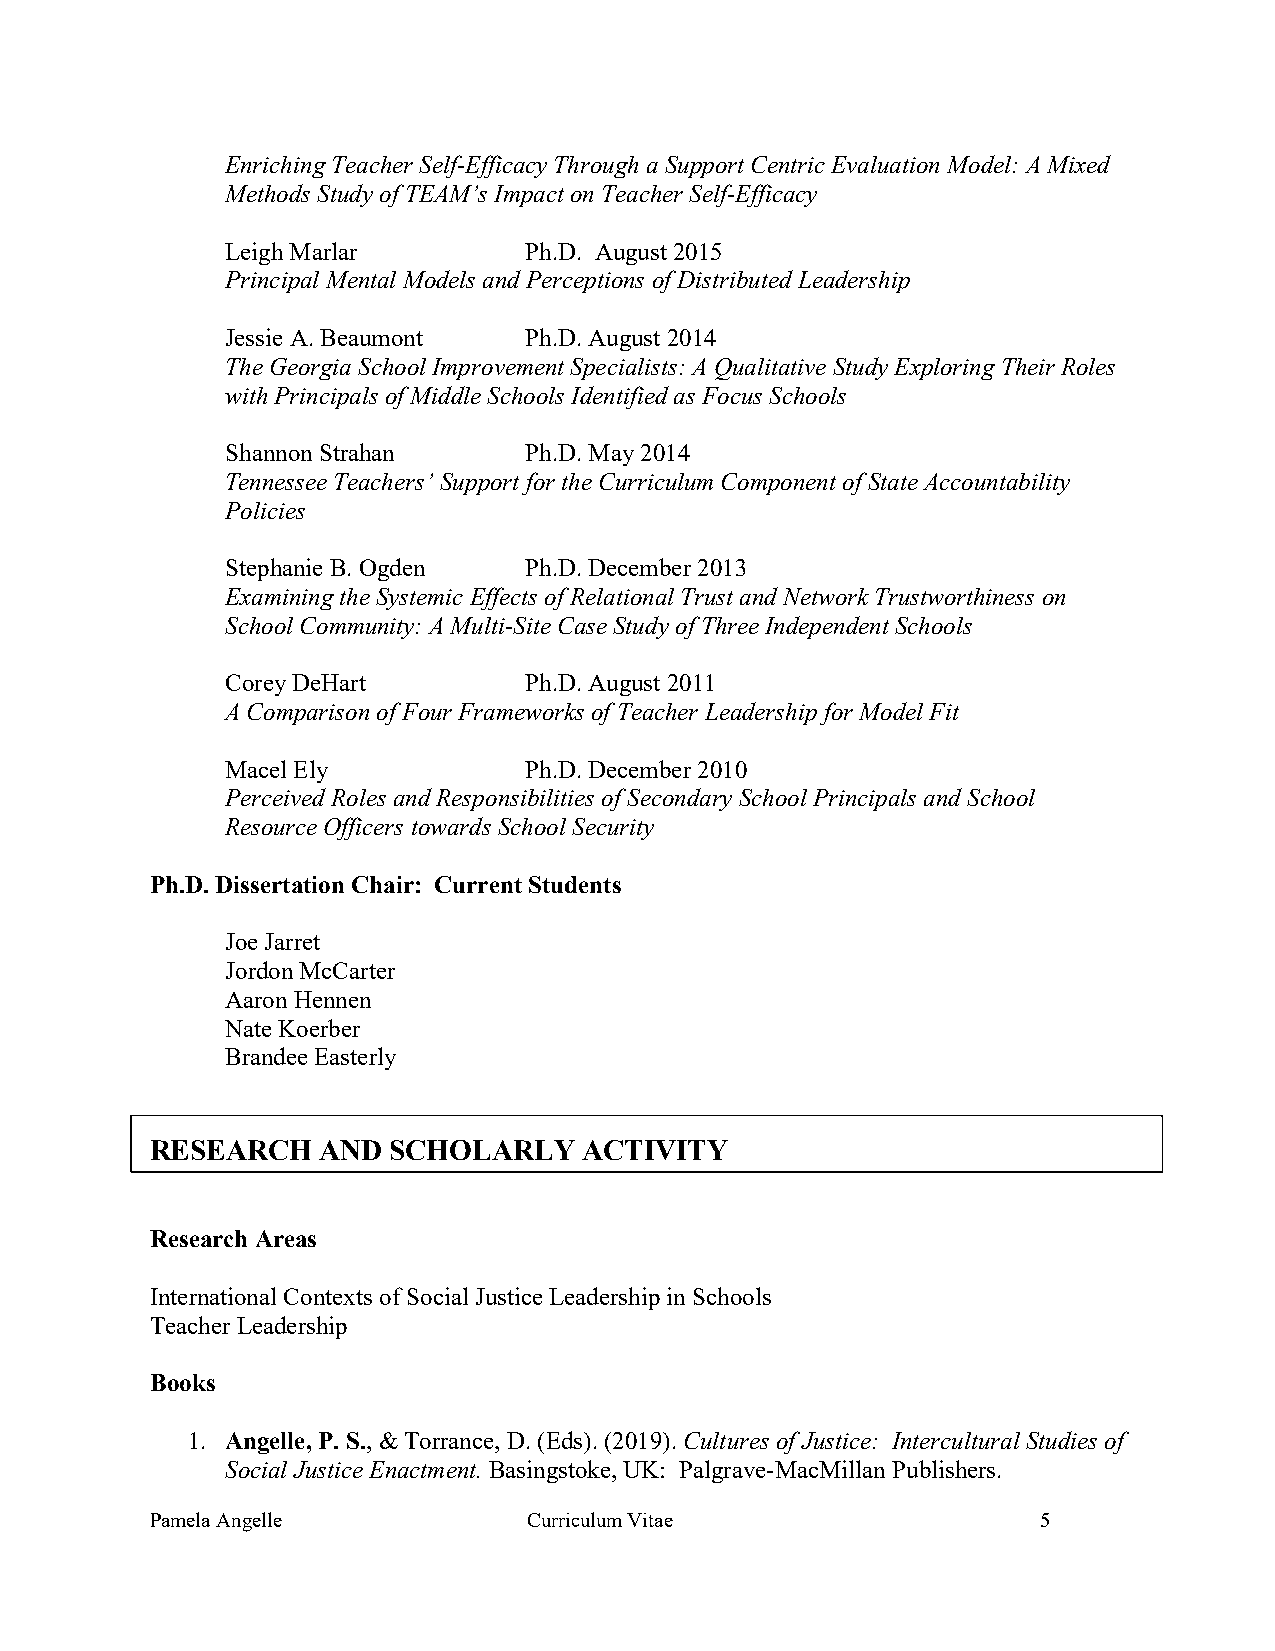
Enriching Teacher Self-Efficacy Through a Support Centric Evaluation Model: A Mixed
 Methods Study of TEAM’s Impact on Teacher Self-Efficacy
 Leigh Marlar        Ph.D. August 2015
 Principal Mental Models and Perceptions of Distributed Leadership
 Jessie A. Beaumont  Ph.D. August 2014
 The Georgia School Improvement Specialists: A Qualitative Study Exploring Their Roles
 with Principals of Middle Schools Identified as Focus Schools
 Shannon Strahan     Ph.D. May 2014
 Tennessee Teachers’ Support for the Curriculum Component of State Accountability
 Policies
 Stephanie B. Ogden  Ph.D. December 2013
 Examining the Systemic Effects of Relational Trust and Network Trustworthiness on
 School Community: A Multi-Site Case Study of Three Independent Schools
 Corey DeHart        Ph.D. August 2011
 A Comparison of Four Frameworks of Teacher Leadership for Model Fit
 Macel Ely           Ph.D. December 2010
 Perceived Roles and Responsibilities of Secondary School Principals and School
 Resource Officers towards School Security
 Ph.D. Dissertation Chair: Current Students
 Joe Jarret
 Jordon McCarter
 Aaron Hennen
 Nate Koerber
 Brandee Easterly
 RESEARCH   AND  SCHOLARLY    ACTIVITY
 Research Areas
 International Contexts of Social Justice Leadership in Schools
 Teacher Leadership
 Books
 1. Angelle, P. S., & Torrance, D. (Eds). (2019). Cultures of Justice: Intercultural Studies of
 Social Justice Enactment. Basingstoke, UK: Palgrave-MacMillan Publishers.
 Pamela Angelle           Curriculum Vitae                  5